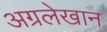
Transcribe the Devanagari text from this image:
अग्रलेखान